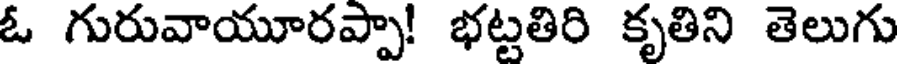
ఓ గురువాయూరప్పా! భట్టతిరి కృతిని తెలుగు